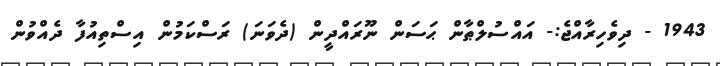
1943 - ދިވެހިރާއްޖެ:- އައްސުލްޠާން ޙަސަން ނޫރައްދީން (ދެވަނަ) ރަސްކަމުން އިސްތިއުފާ ދެއްވުން